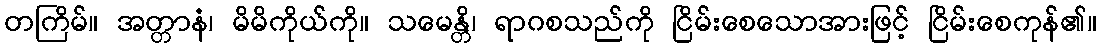
တကြိမ်။ အတ္တာနံ၊ မိမိကိုယ်ကို။ သမေန္တိ၊ ရာဂစသည်ကို ငြိမ်းစေသောအားဖြင့် ငြိမ်းစေကုန်၏။